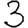
Digit: 3